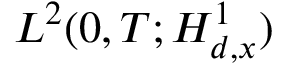
L ^ { 2 } ( 0 , T ; H _ { d , x } ^ { 1 } )